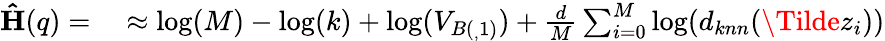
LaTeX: \begin{array}{rl}{\mathbf{\hat{H}}(q)=}&{{}\approx\log(M)-\log(k)+\log(V_{B(_{,}1)})+\frac{d}{M}\sum_{i=0}^{M}\log(d_{knn}(\Tilde{z}_{i}))}\end{array}